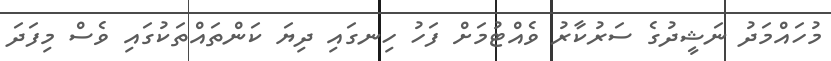
މުހައްމަދު ނަޝީދުގެ ސަރުކާރު ވެއްޓުމަށް ފަހު ހިނގައި ދިޔަ ކަންތައްތަކުގައި ވެސް މިފަދަ